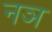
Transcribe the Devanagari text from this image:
नञ